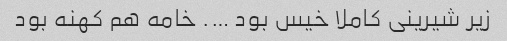
زیر شیرینی کاملا خیس بود …. خامه هم کهنه بود